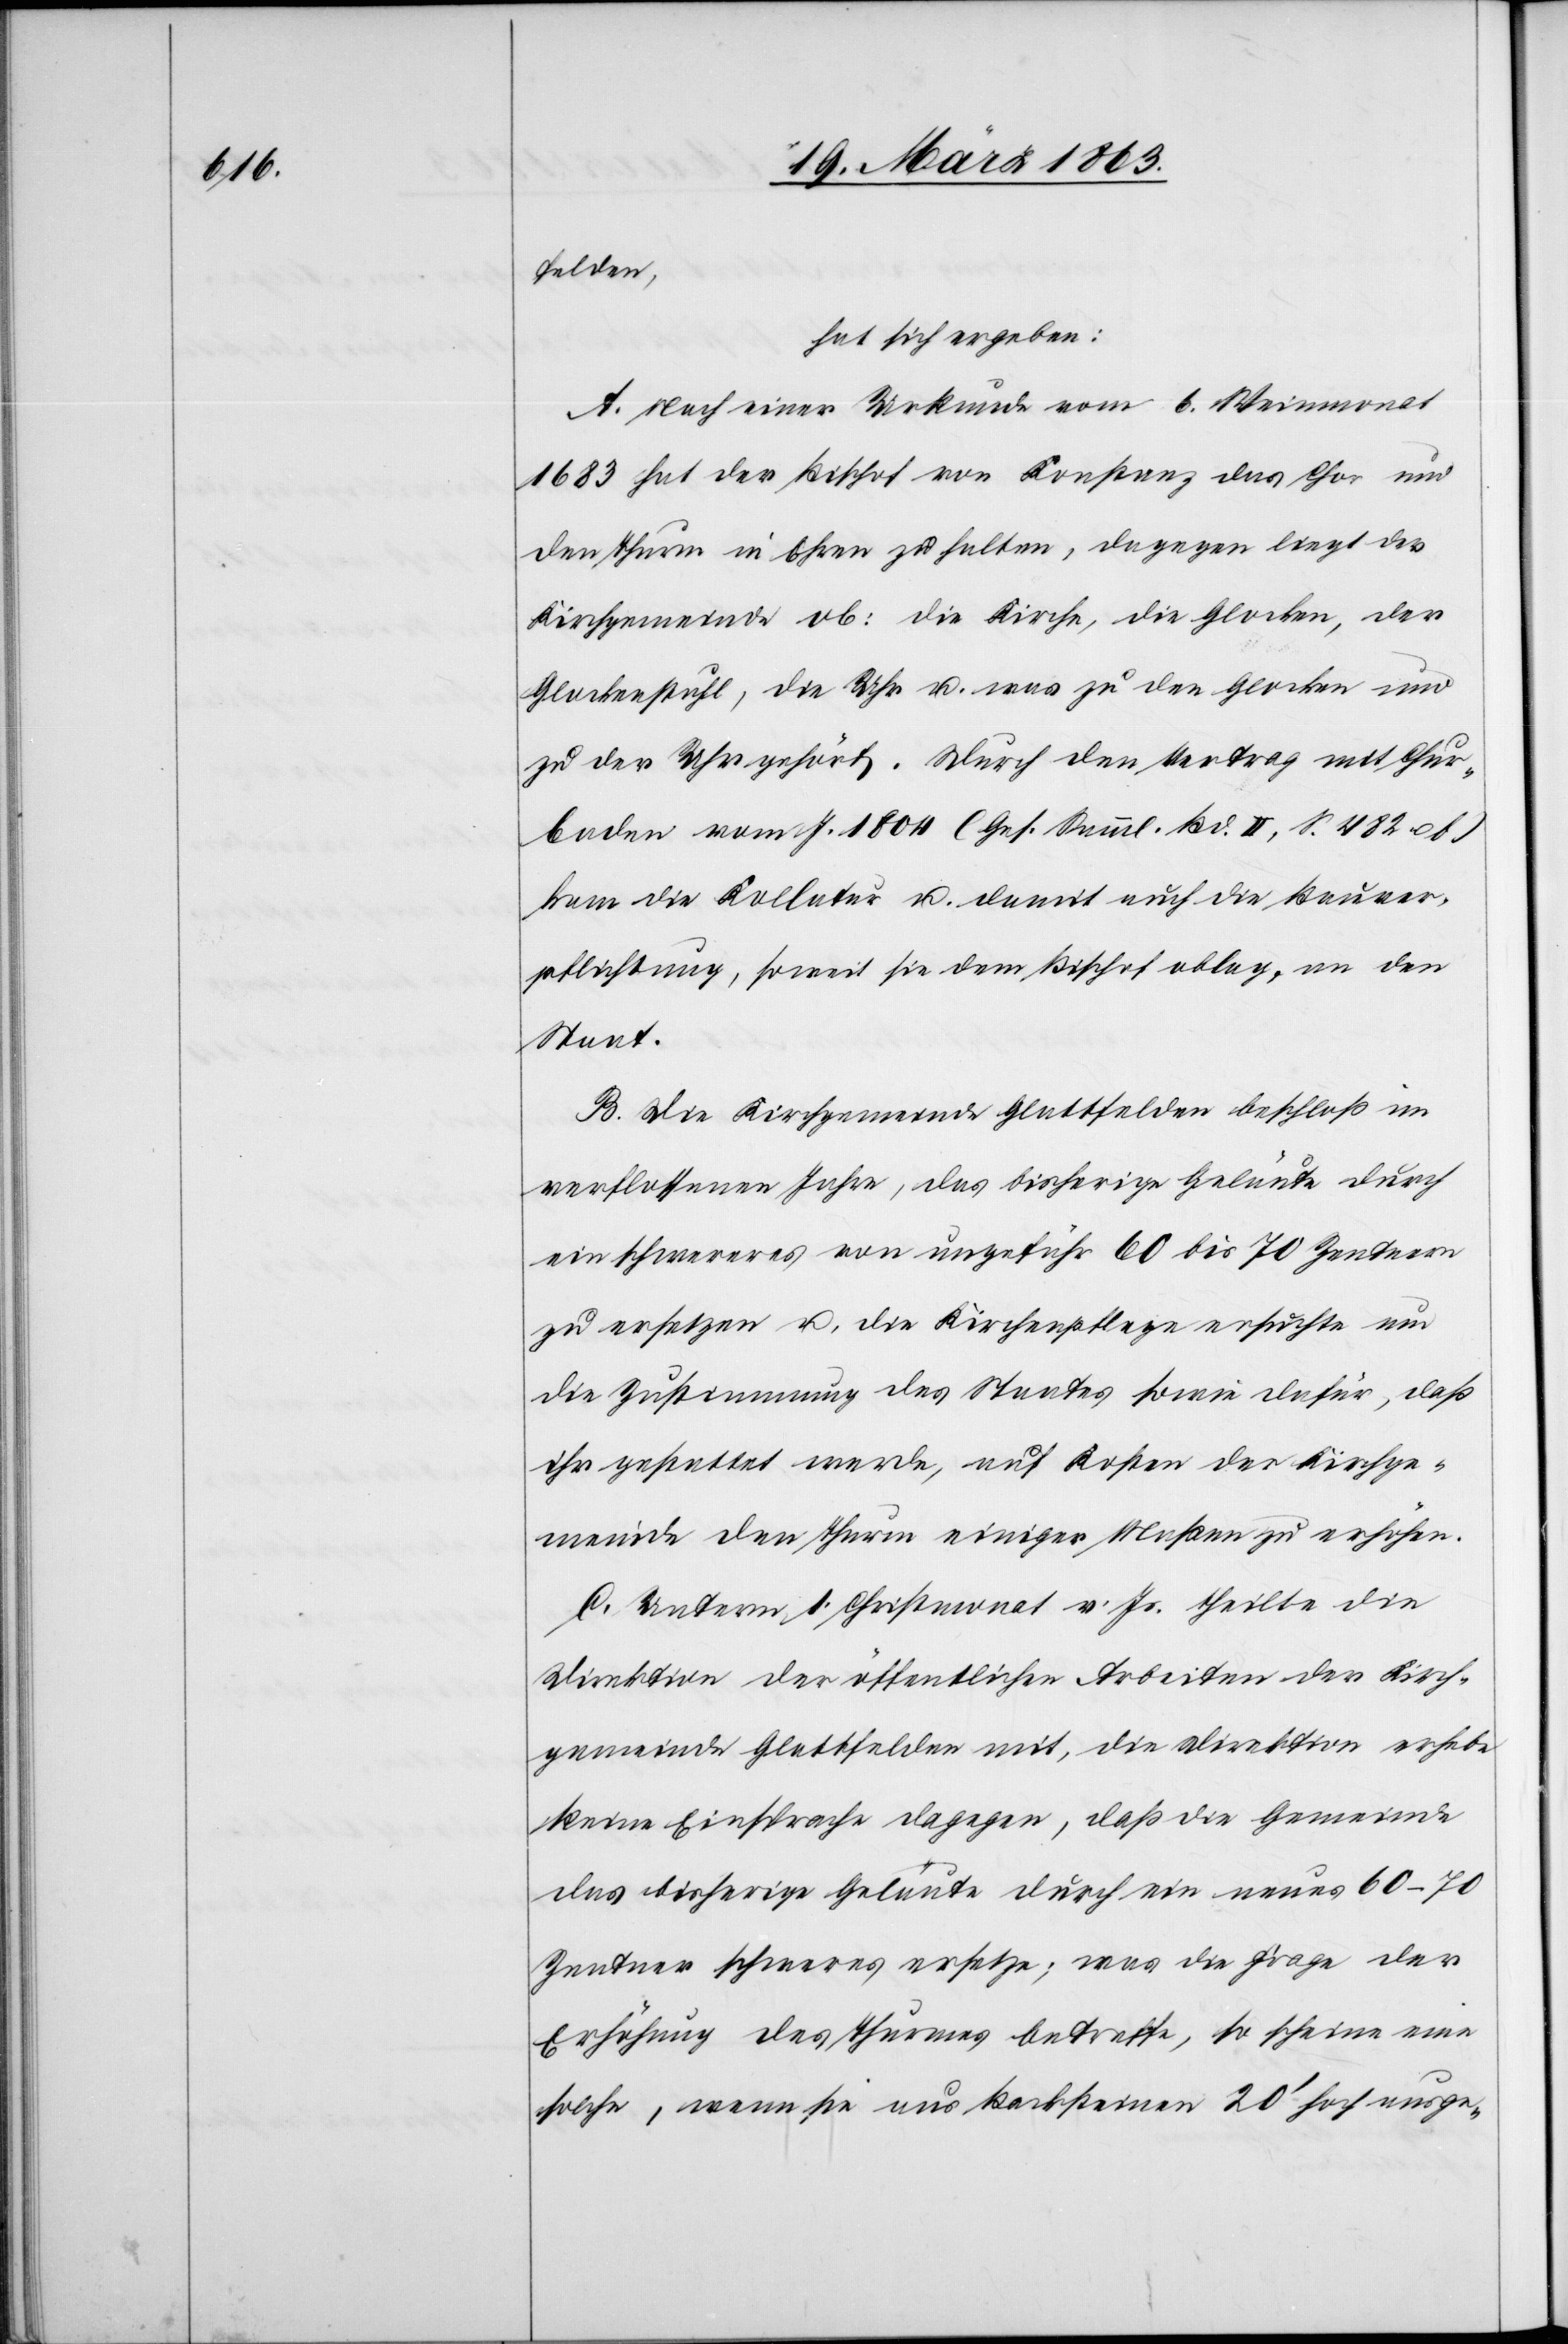
felden,
hat sich ergeben:
A. Nach einer Urkunde vom 6. Weinmonat
1683 hat der Bischof von Konstanz das Chor und
den Thurm in Ehren zu halten, dagegen liegt der
Kirchgemeinde ob: die Kirche, die Glocken, der
Glockenstuhl, die Uhr u. was zu den Glocken und
zu der Uhr gehört. Durch den Vertrag mit Chur¬
baden vom J. 1804 (Ges. Samml. Bd. II, S. 482 u.
kam die Kollatur u. damit auch die Bauver¬
pflichtung, soweit sie dem Bischof oblag, an den
Staat.
B. Die Kirchgemeinde Glattfelden beschloß im
verflossenen Jahre, das bisherige Geläute durch
ein schwereres von ungefähr 60 bis 70 Zentnern
zu ersetzen u. die Kirchenpflege ersuchte um
die Zustimmung des Staates sowie dafür, daß
ihr gestattet werde, auf Kosten der Kirchge¬
meinde den Thurm einiger Maßen zu erhöhen.
C. Unterm 1. Christmonat v. Js. theilte die
Direktion der öffentlichen Arbeiten der Kirch¬
gemeinde Glattfelden mit, die Direktion erhebe
keine Einsprache dagegen, daß die Gemeinde
das bisherige Geläute durch ein neues 60–70
Zentner schweres ersetze; was die Frage der
Erhöhung des Thurmes betreffe, so scheine eine
solche, wenn sie aus Backsteinen 20' hoch ausge-